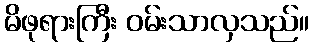
မိဖုရားကြီး ဝမ်းသာလှသည်။